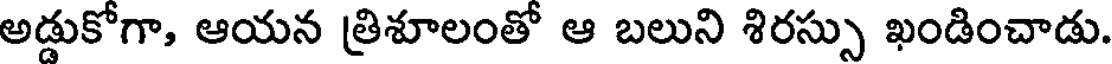
అడ్డుకోగా, ఆయన త్రిశూలంతో ఆ బలుని శిరస్సు ఖండించాడు.